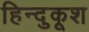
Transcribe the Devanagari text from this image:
हिन्दुकूश